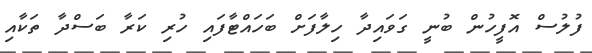
ފުލުސް އޮފީހުން ބުނީ ގަވައިދާ ހިލާފަށް ބަހައްޓާފައި ހުރި ކަރާ ބަސްދާ ތަކާއި